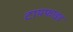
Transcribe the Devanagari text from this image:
टायफाइड